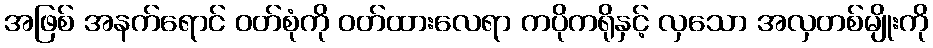
အဖြစ် အနက်ရောင် ဝတ်စုံကို ဝတ်ထားလေရာ ကပိုကရိုနှင့် လှသော အလှတစ်မျိုးကို